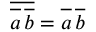
\overline { { \overline { { a \vphantom { b } } } \, \overline { { b } } } } = \overline { { a \vphantom { b } } } \, \overline { { b } }